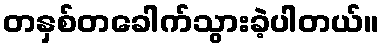
တနှစ်တခေါက်သွားခဲ့ပါတယ်။